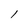
Character: l